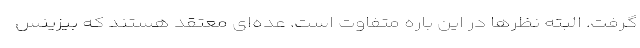
گرفت. البته نظرها در این باره متفاوت است. عده‌ای معتقد هستند که بیزینس